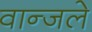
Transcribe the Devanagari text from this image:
वान्जले